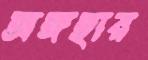
অঙ্গহার